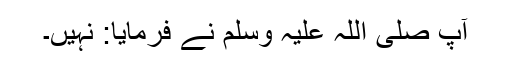
آپ صلی اللہ علیہ وسلم نے فرمایا: نہیں۔